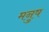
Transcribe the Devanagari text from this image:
मनुष